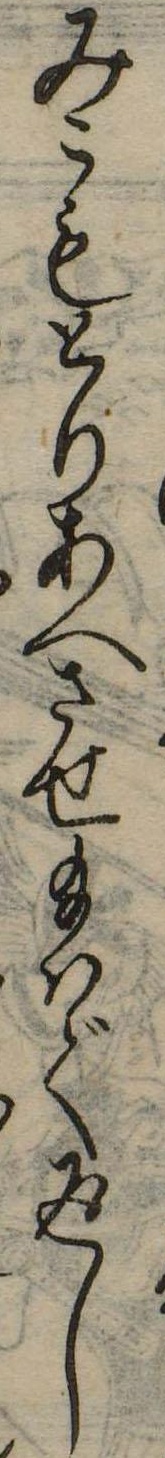
みこもとりあへさせ給はで返し